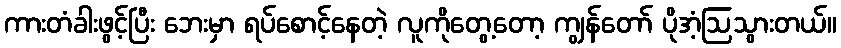
ကားတံခါးဖွင့်ပြီး ဘေးမှာ ရပ်စောင့်နေတဲ့ လူကိုတွေ့တော့ ကျွန်တော် ပိုအံ့ဩသွားတယ်။